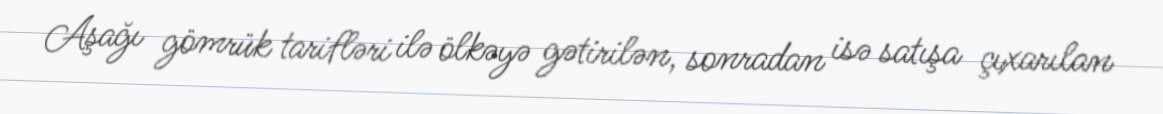
Aşağı gömrük tarifləri ilə ölkəyə gətirilən, sonradan isə satışa çıxarılan